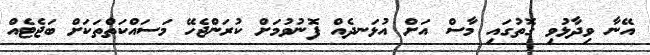
އޭނާ ވިދާޅުވި ގޮތުގައި މާސް އަށް އުޅަނދެއް ފޮނުވުމަށް ކުރަންޖެހޭ މަސައްކަތްތަކަށް ބަޖެޓެއް